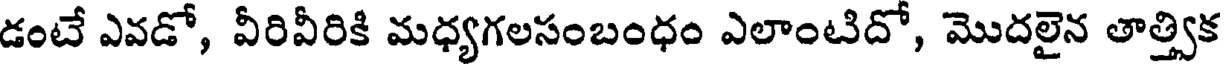
డంటే ఎవడో, వీరివీరికి మధ్యగలసంబంధం ఎలాంటిదో, మొదలైన తాత్త్విక